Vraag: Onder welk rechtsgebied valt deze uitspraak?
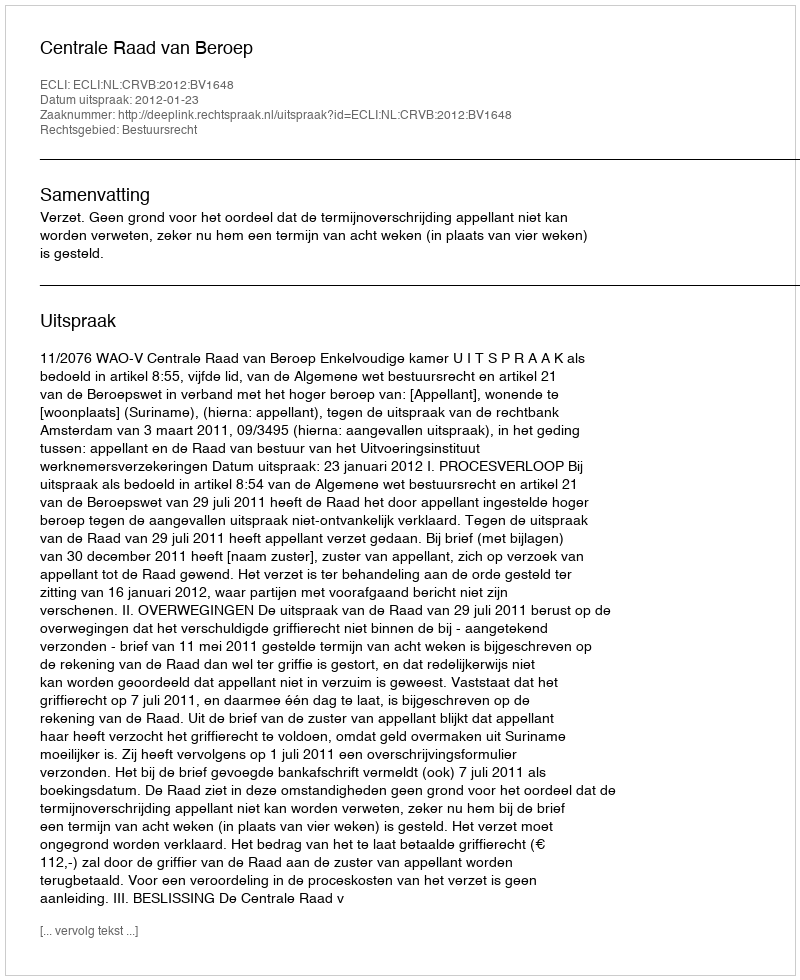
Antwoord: Bestuursrecht